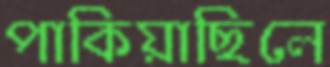
পাকিয়াছিলে